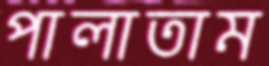
পালাতাম